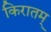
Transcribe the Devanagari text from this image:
किरातम्